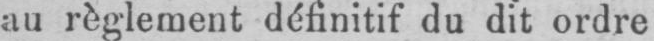
au règlement définitif du dit ordre